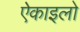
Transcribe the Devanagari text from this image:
ऐकाइलो